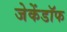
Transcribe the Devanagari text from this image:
जेकेंडॉफ